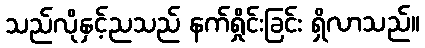
သည်လိုနှင့်ညသည် နက်ရှိုင်းခြင်း ရှိလာသည်။